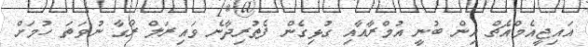
އައިޖީއެމްއެޗް އިން ބުނީ އުމްރާއާއި ގުޅިގެން ފެތުރިދާނެ ވައިރަލް ރޯގާ ނުވަތަ ހުމަށް